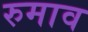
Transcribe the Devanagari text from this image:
रुमाव